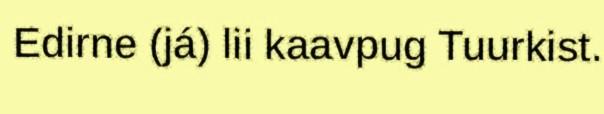
Edirne (já) lii kaavpug Tuurkist.